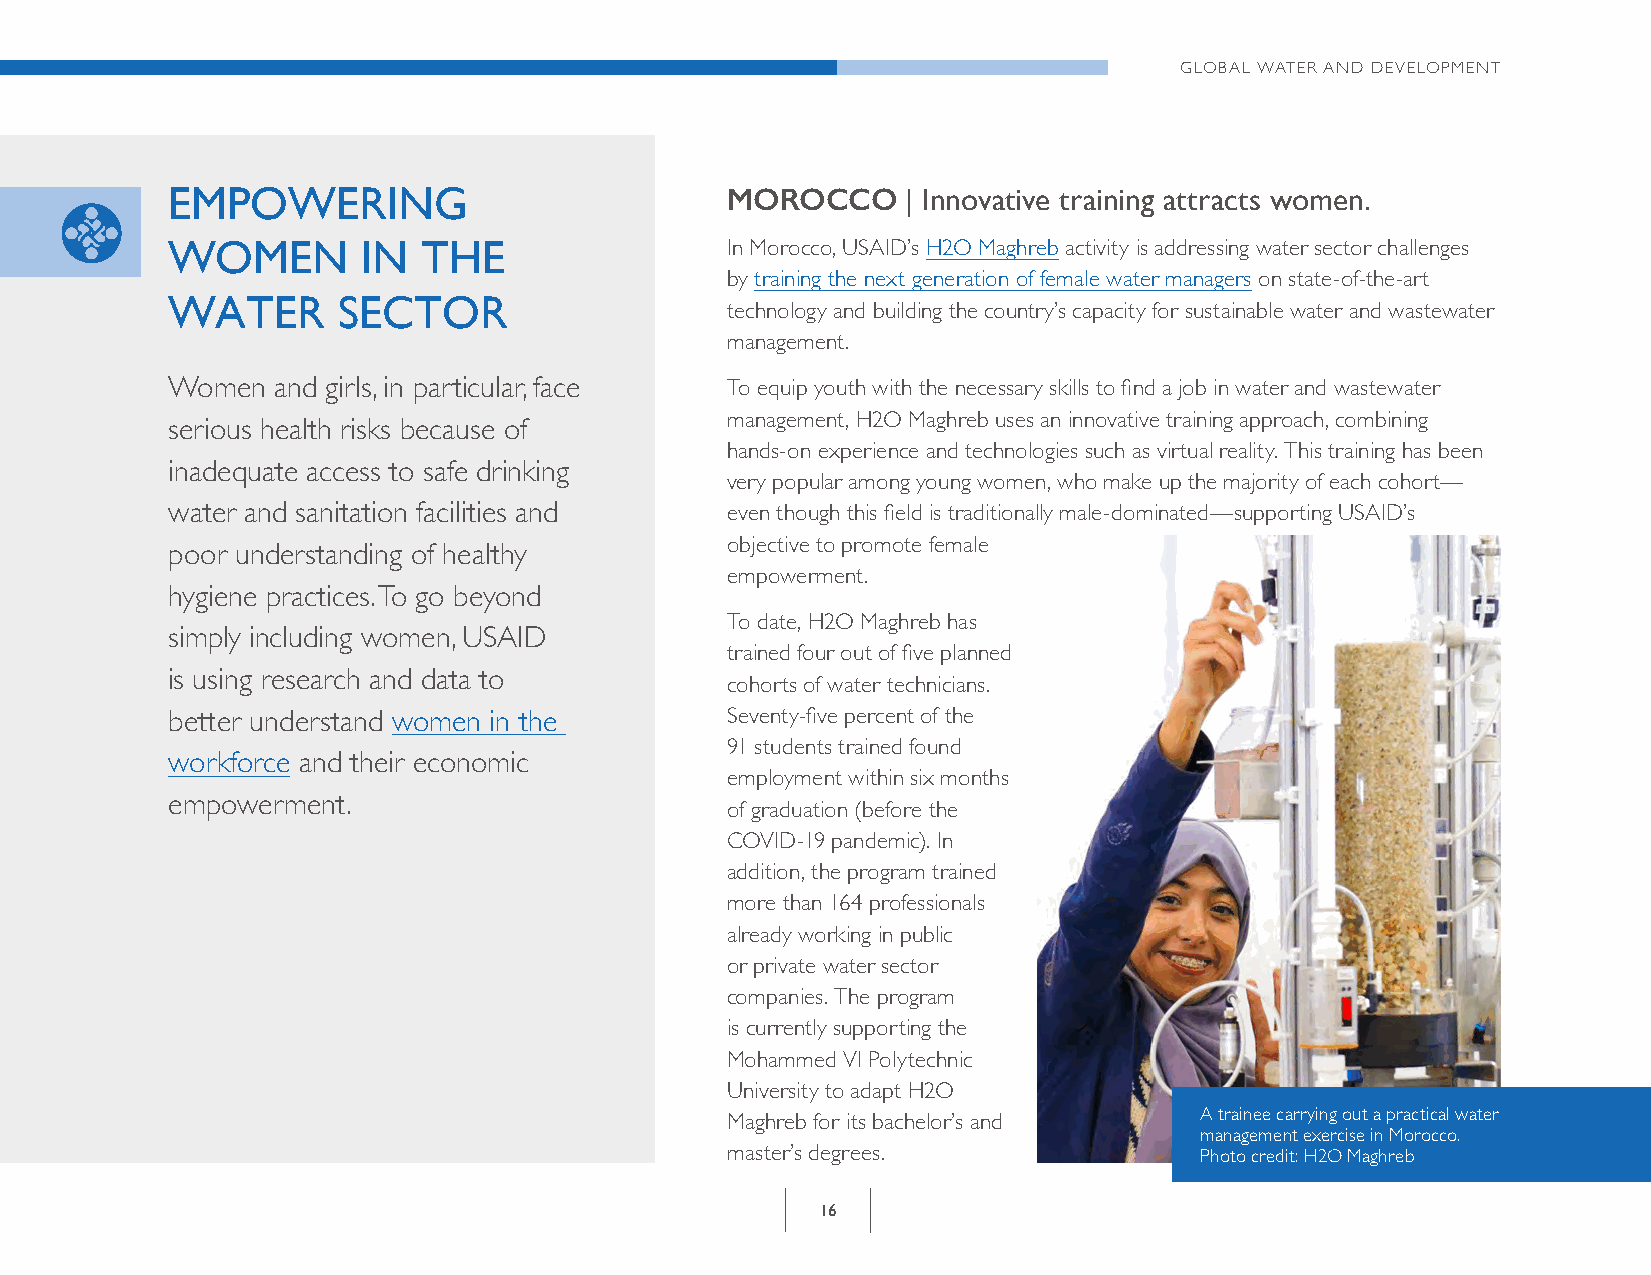
GLOBAL WATER AND DEVELOPMENT
 EMPOWERING                           MOROCCO     | Innovative training attracts women .
 WOMEN        IN  THE                 In Morocco, USAID’s H2O Maghreb activity is addressing water sector challenges
 by training the next generation of female water managers on state-of-the-art
 WATER      SECTOR
 technology and building the country’s capacity for sustainable water and wastewater
 management.
 Women  and girls, in particular, face To equip youth with the necessary skills to find a job in water and wastewater
 management, H2O Maghreb uses an innovative training approach, combining
 serious health risks because of
 hands-on experience and technologies such as virtual reality. This training has been
 inadequate access to safe drinking
 very popular among young women, who make up the majority of each cohort—
 water and sanitation facilities and  even though this field is traditionally male-dominated—supporting USAID’s
 objective to promote female
 poor understanding of healthy
 empowerment.
 hygiene practices. To go beyond
 To date, H2O Maghreb has
 simply including women, USAID
 trained four out of five planned
 is using research and data to
 cohorts of water technicians.
 better understand women in the       Seventy-five percent of the
 91 students trained found
 workforce and their economic
 employment within six months
 empowerment.
 of graduation (before the
 COVID-19 pandemic). In
 addition, the program trained
 more than 164 professionals
 already working in public
 or private water sector
 companies. The program
 is currently supporting the
 Mohammed VI Polytechnic
 University to adapt H2O
 A trainee carrying out a practical water
 Maghreb for its bachelor’s and
 management exercise in Morocco.
 master’s degrees.              Photo credit: H2O Maghreb
 16